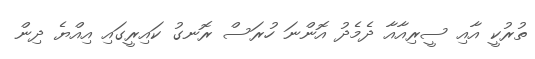
ތުރުކީ އާއި ސީރިއާއާ ދެމެދު އޮންނަ ހުރަސް ރޮނގު ކައިރީގައި އިއްޔެ ދިން